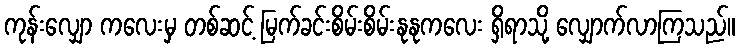
ကုန်းလျှော ကလေးမှ တစ်ဆင့် မြက်ခင်းစိမ်းစိမ်းနုနုကလေး ရှိရာသို့ လျှောက်လာကြသည်။